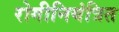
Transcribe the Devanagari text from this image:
रोगीनियंत्रित